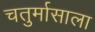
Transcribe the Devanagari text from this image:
चतुर्मासाला